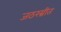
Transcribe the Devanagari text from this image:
जठरग्नीत